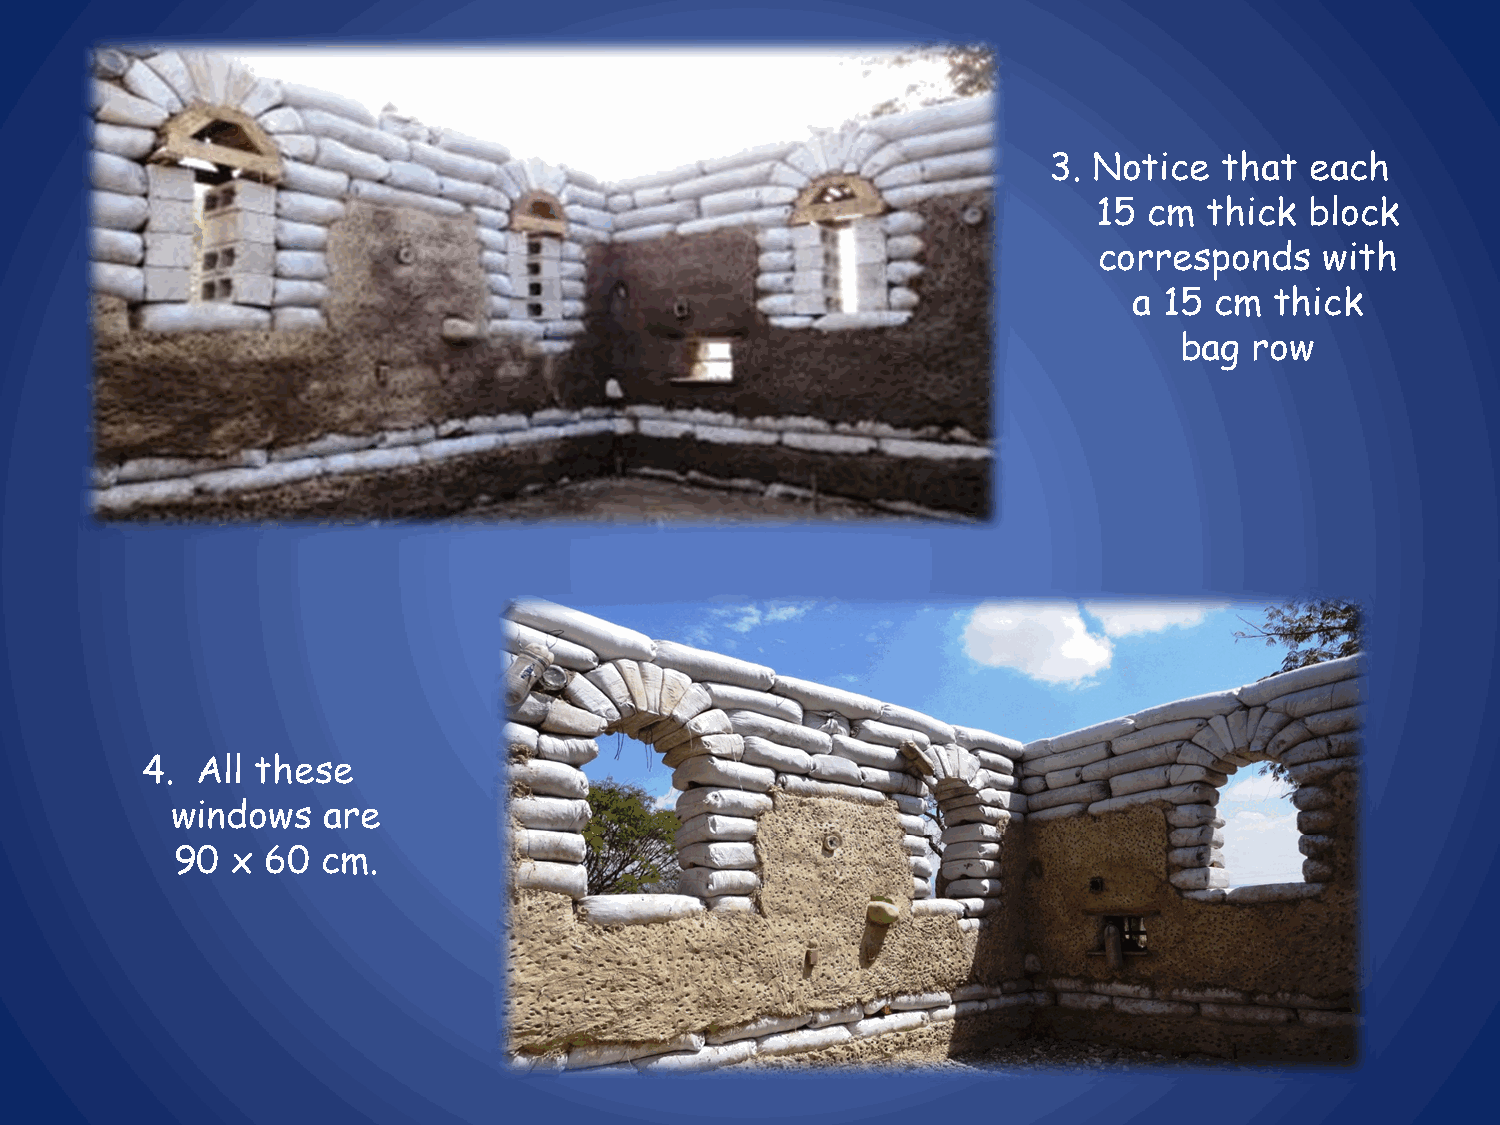
3. Notice   that  each
 15 cm  thick  block
 corresponds    with
 a 15 cm  thick
 bag  row
 4.  All these
 windows   are
 90  x 60  cm.